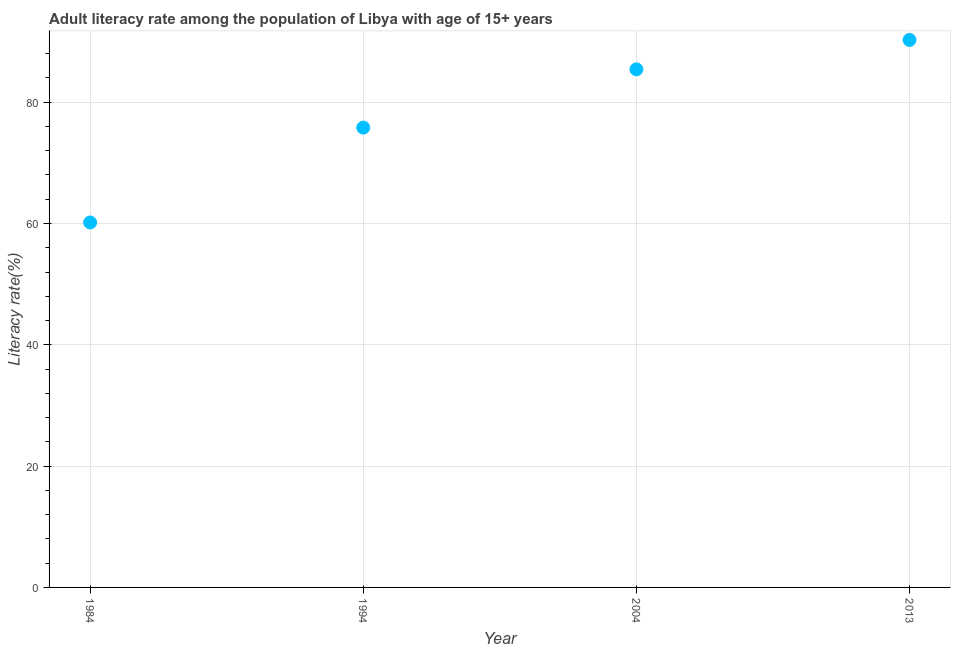
| Year | Adult literacy rate |
 | --- | --- |
 | 1984 | 60.2 |
 | 1994 | 75.8 |
 | 2004 | 85.4 |
 | 2013 | 90.3 |